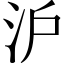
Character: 沪